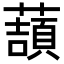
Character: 𧀺